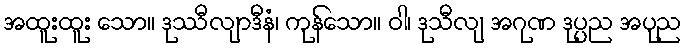
အထူးထူး သော။ ဒုဿီလျာဒီနံ၊ ကုန်သော။ ဝါ၊ ဒုသီလျ အဂုဏ ဒုပ္ပည အပုည